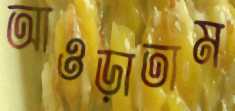
আওড়াতাম